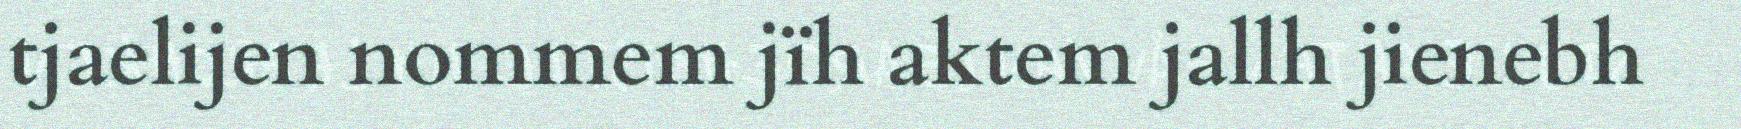
tjaelijen nommem jïh aktem jallh jienebh